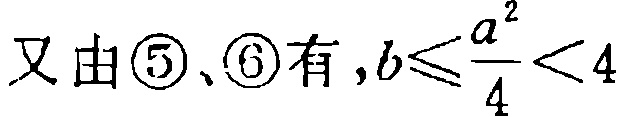
又由\textcircled{5}、\textcircled{6}有 , \(b\leqslant\frac{a^{2}}{4}<4\)